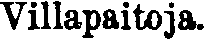
Villapaitoja.